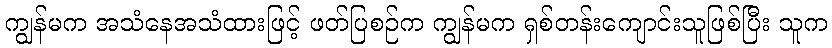
ကျွန်မက အသံနေအသံထားဖြင့် ဖတ်ပြစဉ်က ကျွန်မက ရှစ်တန်းကျောင်းသူဖြစ်ပြီး သူက